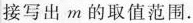
接写出m的取值范围.